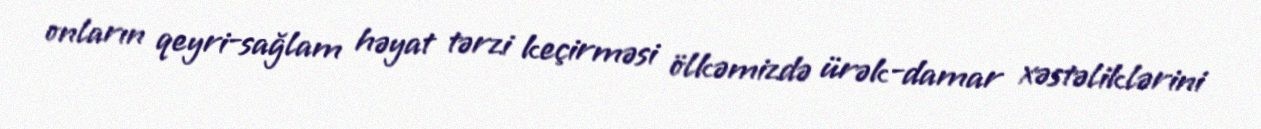
onların qeyri-sağlam həyat tərzi keçirməsi ölkəmizdə ürək-damar xəstəliklərini